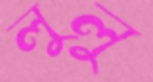
লুলু